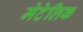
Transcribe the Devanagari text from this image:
मेटेलिक